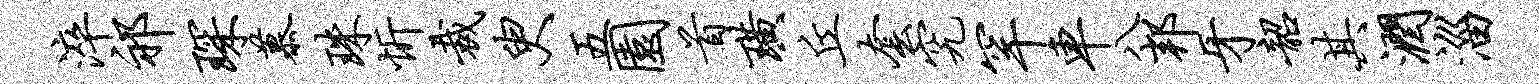
淬祁琛慕珠忻裁臾五园首璜丘套究罕车八邦牙韶其润淄